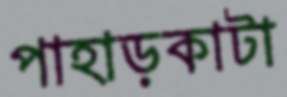
পাহাড়কাটা